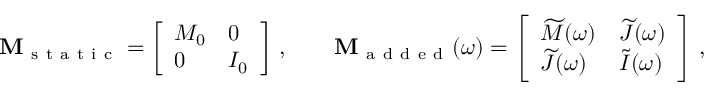
\mathbf { M } _ { \mathrm { ~ s ~ t ~ a ~ t ~ i ~ c ~ } } = \left[ \begin{array} { l l } { M _ { 0 } } & { 0 } \\ { 0 } & { I _ { 0 } } \end{array} \right] \, , \qquad \mathbf { M } _ { \mathrm { ~ a ~ d ~ d ~ e ~ d ~ } } ( \omega ) = \left[ \begin{array} { l l } { \widetilde { M } ( \omega ) } & { \widetilde { J } ( \omega ) } \\ { \widetilde { J } ( \omega ) } & { \widetilde { I } ( \omega ) } \end{array} \right] \, ,